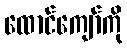
ထောင်ကျော်ကို